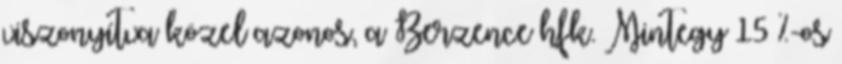
viszonyítva közel azonos, a Berzence hfk. Mintegy 15 %-os